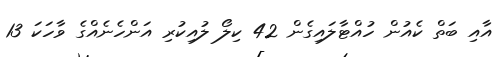
އާއި ބަތް ކެއުން ހުއްޓާލައިގެން 42 ކިލޯ ލުއިކުރި އަންހެނެއްގެ ވާހަކަ 13